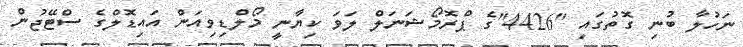
ނަހުލާ ބުނި ގޮތުގައި "4426"ގެ ޕްރޮމޯޝަނަލް ލަވަ ކިޔާނީ މޯލްޑިވިއަން އައިޑޮލްގެ ސްޓޭޖުން